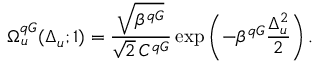
\Omega _ { u } ^ { q G } ( \Delta _ { u } ; 1 ) = \frac { \sqrt { \beta ^ { q G } } } { \sqrt { 2 } \, C ^ { q G } } \exp \left( - \beta ^ { q G } \frac { \Delta _ { u } ^ { 2 } } { 2 } \right) .